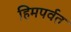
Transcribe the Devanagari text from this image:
हिमपर्वत